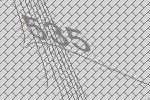
535